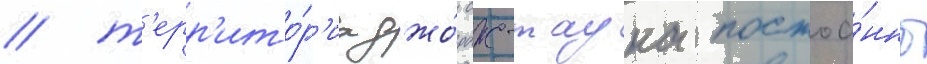
/ т'ерр'ито́р'иа джо́рдж-тауна постоа́нно